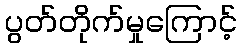
ပွတ်တိုက်မှုကြောင့်